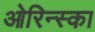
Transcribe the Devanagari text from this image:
ओरिन्स्का